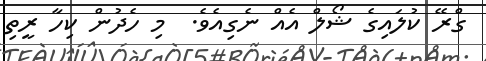
ގްރޭ ކުލައިގެ ޝޯލް އެއް ނެގިއެވެ.  މި ހެދުން ކިހާ ރީތި